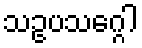
သဥပသဂ္ဂေါ